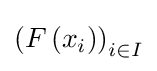
\left(F\left(x_{i}\right)\right)_{i\in I}